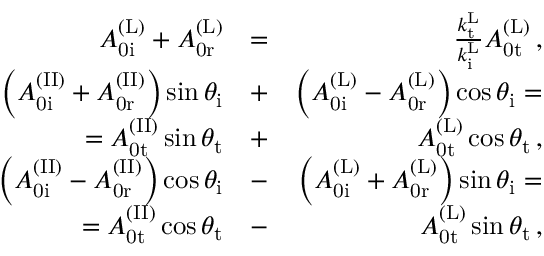
\begin{array} { r l r } { A _ { \mathrm { 0 i } } ^ { \mathrm { ( L ) } } + A _ { \mathrm { 0 r } } ^ { \mathrm { ( L ) } } } & { = } & { \frac { k _ { \mathrm { t } } ^ { \mathrm { L } } } { k _ { \mathrm { i } } ^ { \mathrm { L } } } A _ { \mathrm { 0 t } } ^ { \mathrm { ( L ) } } \, , } \\ { \left( A _ { \mathrm { 0 i } } ^ { \mathrm { ( I I ) } } + A _ { \mathrm { 0 r } } ^ { \mathrm { ( I I ) } } \right) \sin \theta _ { \mathrm { i } } } & { + } & { \left( A _ { \mathrm { 0 i } } ^ { \mathrm { ( L ) } } - A _ { \mathrm { 0 r } } ^ { \mathrm { ( L ) } } \right) \cos \theta _ { \mathrm { i } } = } \\ { = A _ { \mathrm { 0 t } } ^ { \mathrm { ( I I ) } } \sin \theta _ { \mathrm { t } } } & { + } & { A _ { \mathrm { 0 t } } ^ { \mathrm { ( L ) } } \cos \theta _ { \mathrm { t } } \, , } \\ { \left( A _ { \mathrm { 0 i } } ^ { \mathrm { ( I I ) } } - A _ { \mathrm { 0 r } } ^ { \mathrm { ( I I ) } } \right) \cos \theta _ { \mathrm { i } } } & { - } & { \left( A _ { \mathrm { 0 i } } ^ { \mathrm { ( L ) } } + A _ { \mathrm { 0 r } } ^ { \mathrm { ( L ) } } \right) \sin \theta _ { \mathrm { i } } = } \\ { = A _ { \mathrm { 0 t } } ^ { \mathrm { ( I I ) } } \cos \theta _ { \mathrm { t } } } & { - } & { A _ { \mathrm { 0 t } } ^ { \mathrm { ( L ) } } \sin \theta _ { \mathrm { t } } \, , } \end{array}